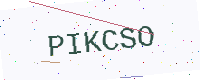
Text: PIKCSO